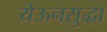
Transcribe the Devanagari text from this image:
येऊनसुद्धा